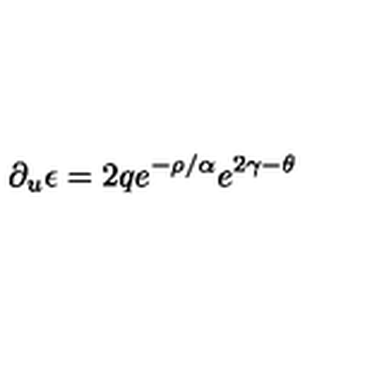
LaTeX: \partial _ { u } \epsilon = 2 q e ^ { - \rho / \alpha } e ^ { 2 \gamma - \theta }